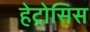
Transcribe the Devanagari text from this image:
हेट्रोसिस